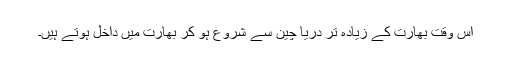
اس وقت بھارت کے زیادہ تر دریا چین سے شروع ہو کر بھارت میں داخل ہوتے ہیں۔